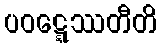
ပဝဋ္ဋေဿတီတိ